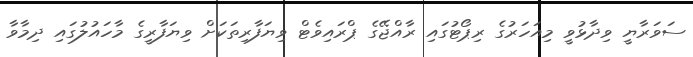
ސަވަރާޔީ ވިދާޅުވީ މިއަހަރުގެ ރިޕޯޓުގައި ރާއްޖޭގެ ޕްރައިވެޓް ވިޔަފާރިތަކަށް ވިޔަފާރީގެ މާހައުލުގައި ދިމާވާ